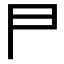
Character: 𠁣